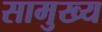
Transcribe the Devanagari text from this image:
सामुख्य